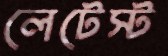
লেটেস্ট